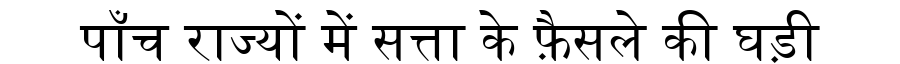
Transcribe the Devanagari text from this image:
पाँच राज्यों में सत्ता के फ़ैसले की घड़ी